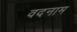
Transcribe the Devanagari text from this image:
वदनाम